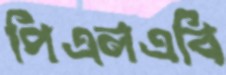
পিএলএবি